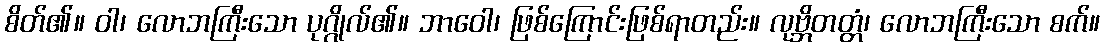
စိတ်၏။ ဝါ၊ လောဘကြီးသော ပုဂ္ဂိုလ်၏။ ဘာဝေါ၊ ဖြစ်ကြောင်းဖြစ်ရာတည်း။ လုဗ္ဘိတတ္တံ၊ လောဘကြီးသော စက်။